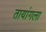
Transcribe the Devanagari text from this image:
तायांगला